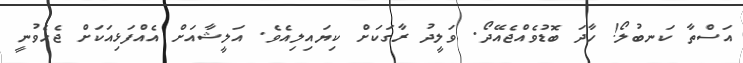
އަސްތާ ކަނބުލޯ! ހާދަ ބޮޑުވެއްޖެއޭދޯ. ވަލީދު ރާގަކަށް ކިޔައިލިއެވެ. އަލީޝާއަށް އެއްފަޅިިއަކަށް ޖެހެވުނީ